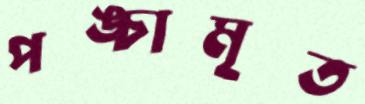
পঙ্চামৃত